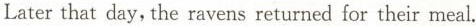
Later that day, the ravens returned for their meal.